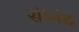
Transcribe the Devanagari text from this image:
सोनंद